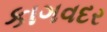
કાગવદર